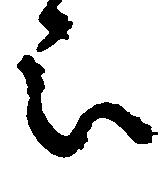
被